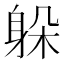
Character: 躲